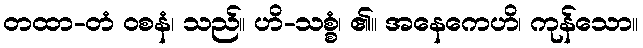
တထာ-တံ ဝစနံ၊ သည်။ ဟိ-သစ္စံ၊ ၏။ အနေကေဟိ၊ ကုန်သော။